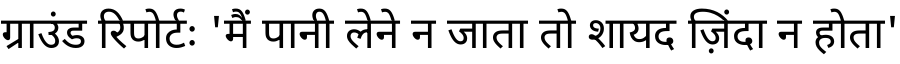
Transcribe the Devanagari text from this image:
ग्राउंड रिपोर्टः 'मैं पानी लेने न जाता तो शायद ज़िंदा न होता'